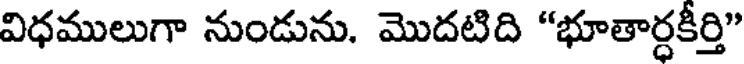
విధములుగా నుండును. మొదటిది "భూతార్ధకీర్తి"